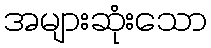
အများဆုံးသော